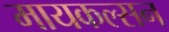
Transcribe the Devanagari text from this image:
मायकल्सन